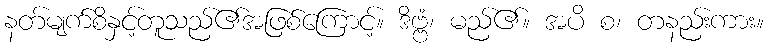
နတ်မျက်စိနှင့်တူသည်၏အဖြစ်ကြောင့်။ ဒိဗ္ဗံ၊ မည်၏။ အပိ စ၊ တနည်းကား။